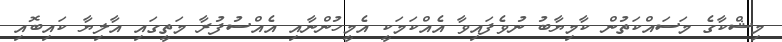
މިޝްކާގެ މަސައްކަތުން ކާމިޔާބު ނުވެފައިވާ އެއްކަމަކީ އެމީހުންނާއި އެއްސުފުރާ މަތީގައި އާލިޔާ ކައިބޮއި